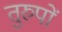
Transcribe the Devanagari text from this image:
तुरुपों